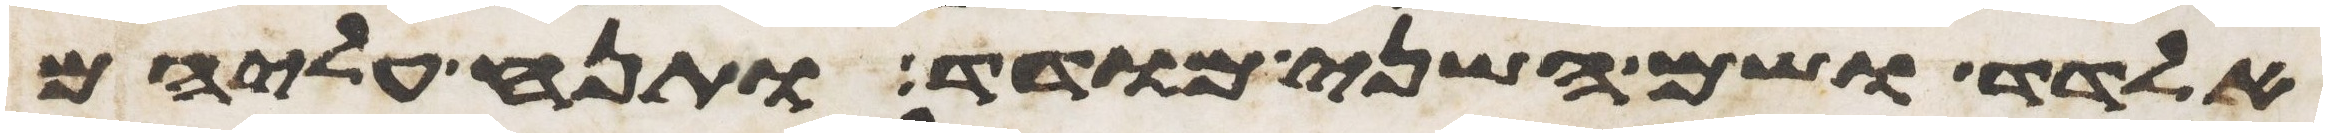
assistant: אלדד ושם השני מודד ותנח עליהם